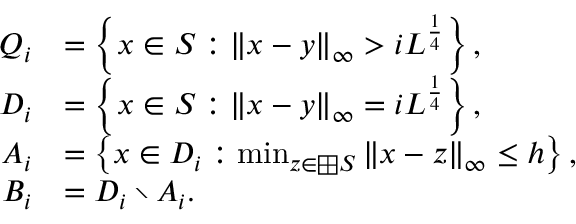
\begin{array} { r l } { Q _ { i } } & { = \left\{ x \in S : \| x - y \| _ { \infty } > i L ^ { \frac 1 4 } \right\} , } \\ { D _ { i } } & { = \left\{ x \in S : \| x - y \| _ { \infty } = i L ^ { \frac 1 4 } \right\} , } \\ { A _ { i } } & { = \left\{ x \in D _ { i } : \operatorname* { m i n } _ { z \in \boxplus S } \| x - z \| _ { \infty } \leq h \right\} , } \\ { B _ { i } } & { = D _ { i } \setminus A _ { i } . } \end{array}